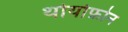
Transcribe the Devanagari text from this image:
थोयोफ़ोन